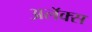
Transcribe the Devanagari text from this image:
अलॅक्स